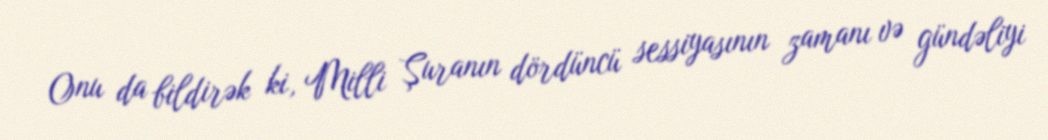
Onu da bildirək ki, Milli Şuranın dördüncü sessiyasının zamanı və gündəliyi